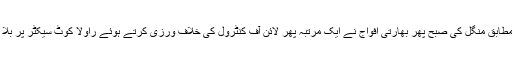
آئی ایس پی آر کے مطابق منگل کی صبح پھر بھارتی افواج نے ایک مرتبہ پھر لائن آف کنٹرول کی خلاف ورزی کرتے ہوئے راولا کوٹ سیکٹر پر بلا اشتعال فائرنگ کی ۔